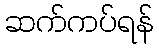
ဆက်ကပ်ရန်